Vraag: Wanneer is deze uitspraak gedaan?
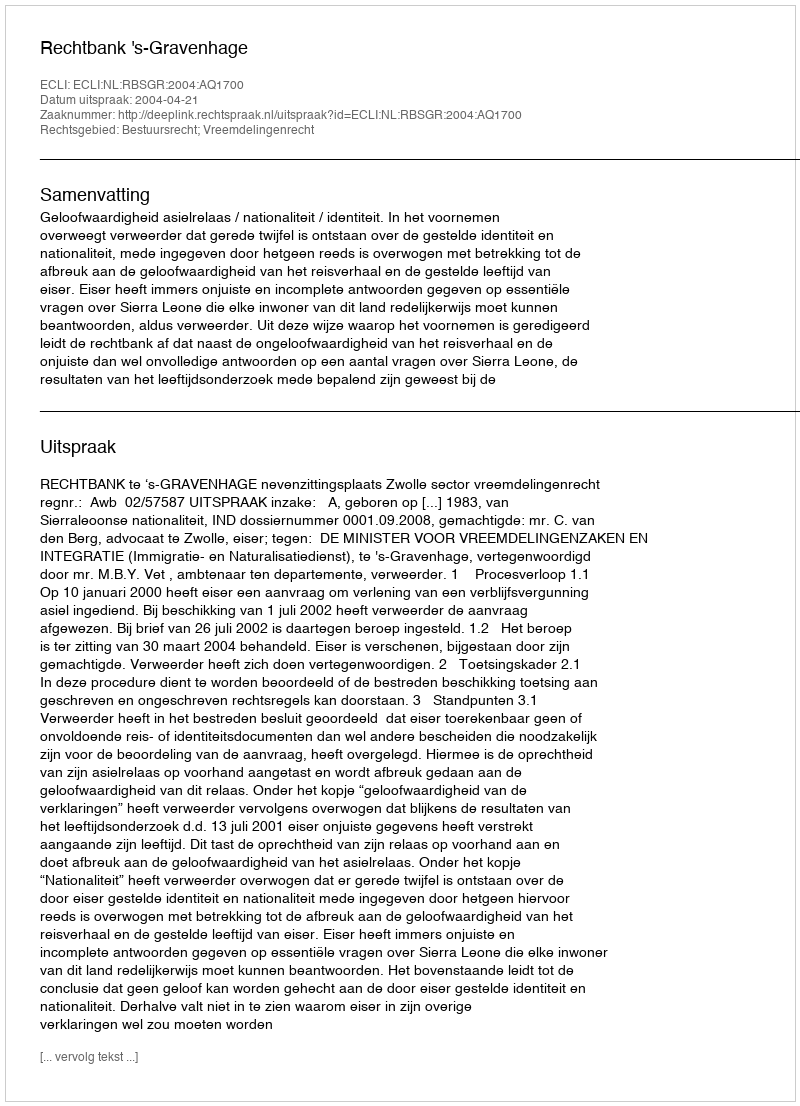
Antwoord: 2004-04-21